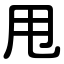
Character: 甩